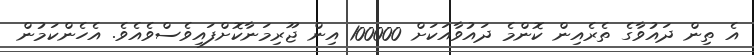
އެ ތިން ދައުވާގެ ތެރެއިން ކޮންމެ ދައުވާއަކަށް 100000 އިން ޖޫރިމަނާކޮށްފައިވެސްވެއެވެ. އެހެންކަމުން